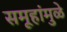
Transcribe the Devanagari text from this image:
समूहांमुळे